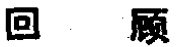
回顾